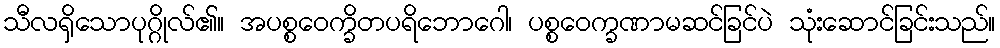
သီလရှိသောပုဂ္ဂိုလ်၏။ အပစ္စဝေက္ခိတပရိဘောဂေါ၊ ပစ္စဝေက္ခဏာမဆင်ခြင်ပဲ သုံးဆောင်ခြင်းသည်။